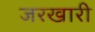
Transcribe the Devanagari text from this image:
जरखारी